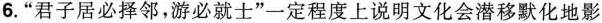
6.”君子居必择邻，游必就士”一定程度上说明文化会潜移默化地影